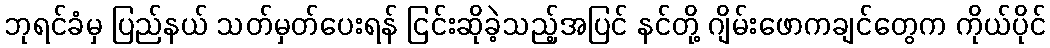
ဘုရင်ခံမှ ပြည်နယ် သတ်မှတ်ပေးရန် ငြင်းဆိုခဲ့သည့်အပြင် နင်တို့ ဂျိမ်းဖောကချင်တွေက ကိုယ်ပိုင်